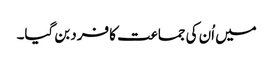
میں اُن کی جماعت کا فرد بن گیا۔